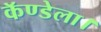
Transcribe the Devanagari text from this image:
कॅण्डेला।